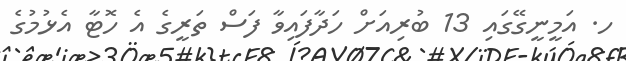
ހ. އަމީނީގޭގައި 13 ބުރިއަށް ހަދާފައިވާ ފަސް ތަރީގެ އެ ހޮޓާ އެޅުމުގެ